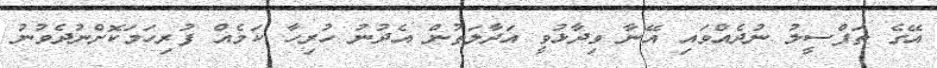
އޭގެ ތަފްސީލު ނުދެއްވައި އޭނާ ވިދާޅުވީ އަދާލަތުން އެދުނު ހުރިހާ ކަމެއް ފުރިހަމަކޮށްނުދެވުނު